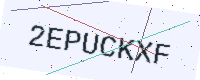
Text: 2EPUCKXF